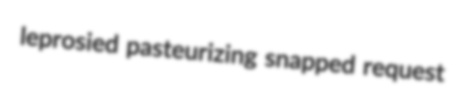
leprosied pasteurizing snapped request